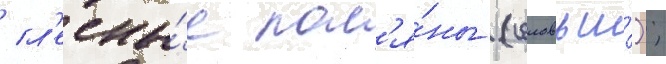
/ л'есны́е пол'я́ны (соловьи́);